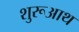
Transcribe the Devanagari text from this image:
शुरूआथ